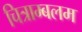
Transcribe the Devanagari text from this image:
चित्राम्बलम